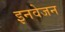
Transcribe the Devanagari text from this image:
इनवेजन